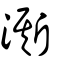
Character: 澌